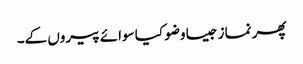
پھر نماز جیسا وضو کیا سوائے پیروں کے۔